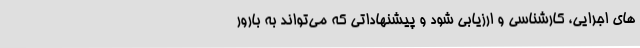
های اجرایی، کارشناسی و ارزیابی شود و پیشنهاداتی که می‌تواند به بارور